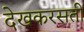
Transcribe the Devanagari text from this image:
देखकरसती